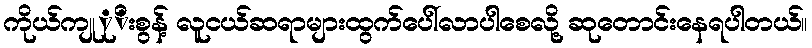
ကိုယ်ကျုုိးစွန့် လူငယ်ဆရာများထွက်ပေါ်လာပါစေလို့ ဆုတောင်းနေရပါတယ်။